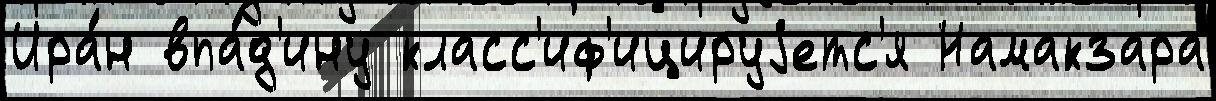
Ира́н впа́д'ину класс'иф'ицируjетс'я Намакзара